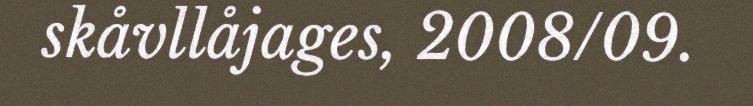
skåvllåjages, 2008/09.